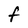
Character: F